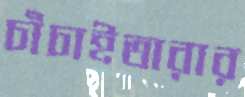
চাঁচাইতারার